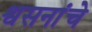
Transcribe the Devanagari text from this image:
श्वसनांचे